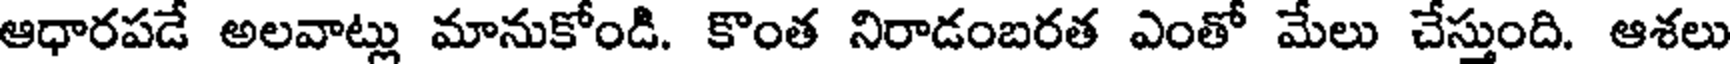
ఆధారపడే అలవాట్లు మానుకోండి. కొంత నిరాడంబరత ఎంతో మేలు చేస్తుంది. ఆశలు